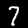
Digit: 7